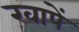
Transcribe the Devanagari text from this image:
खापें